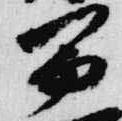
冨